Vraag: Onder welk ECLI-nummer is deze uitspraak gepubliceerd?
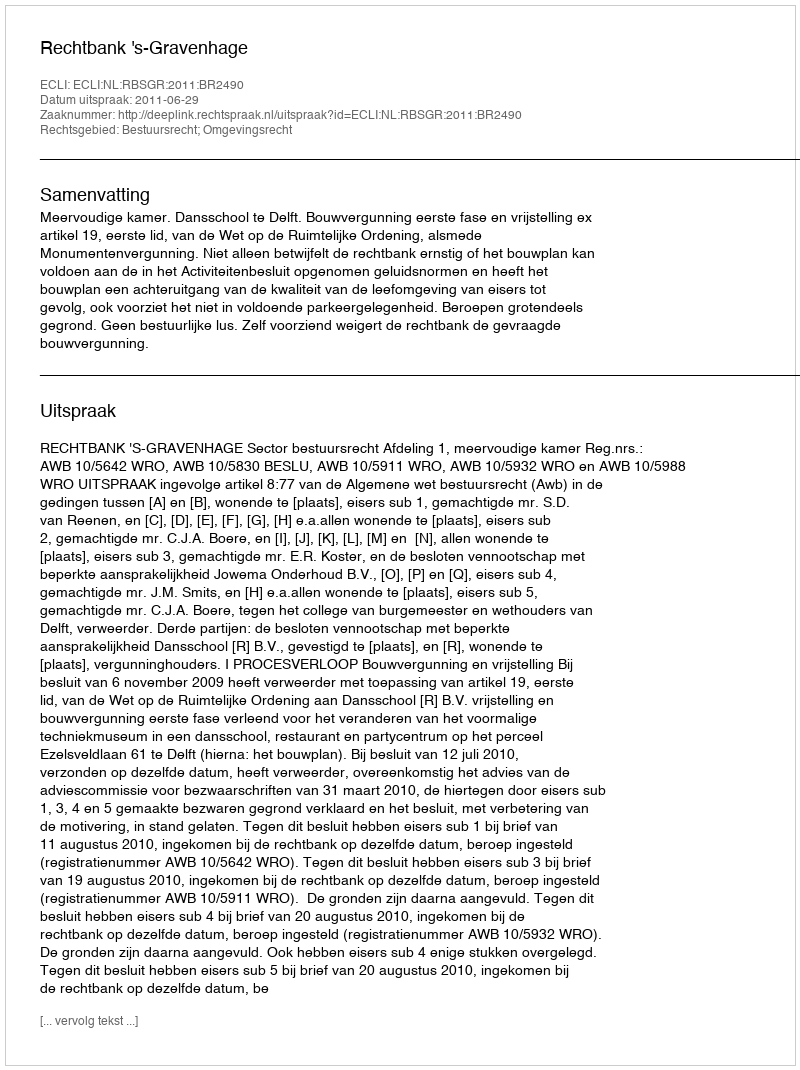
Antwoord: ECLI:NL:RBSGR:2011:BR2490